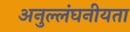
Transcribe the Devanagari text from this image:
अनुल्लंघनीयता